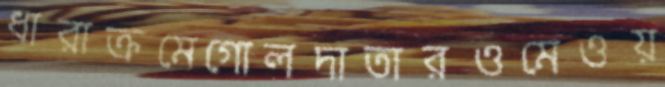
ধারাক্রমেগোলদাতারওমেওয়